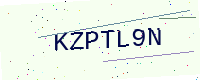
Text: KZPTL9N